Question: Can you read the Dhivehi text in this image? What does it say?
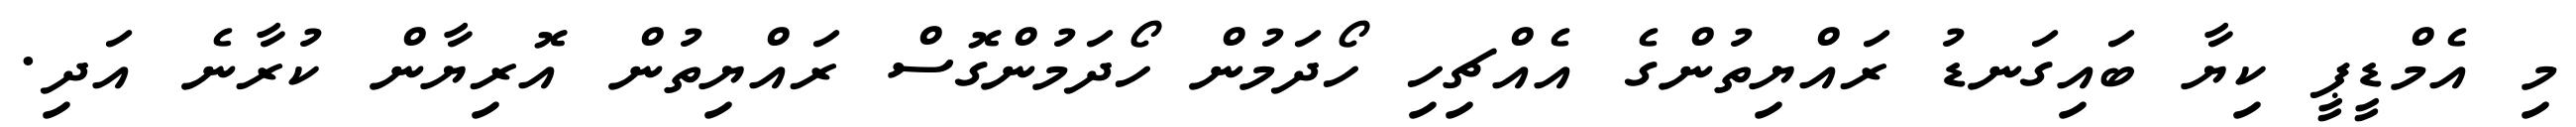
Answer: މި އެމްޑީޕީ ކިޔާ ބައިގަނޑު ރައްޔިތުންގެ އެއްޗިހި ހޯދަމުން ހޯދަމުންގޮސް ރައްޔިތުން އޮރިޔާން ކުރާނެ އަދި.